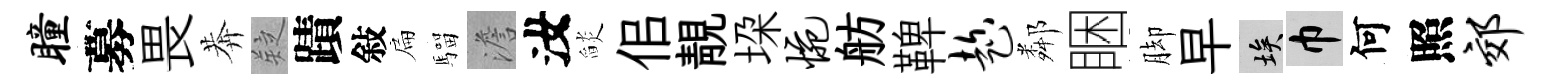
瞳募畏莾疑蹟敍扁騮澹汝𦦨佀靚垜惋舫鞞趁鄰睏脚早埃巾何照郊